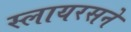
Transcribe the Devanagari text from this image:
स्लायरसने